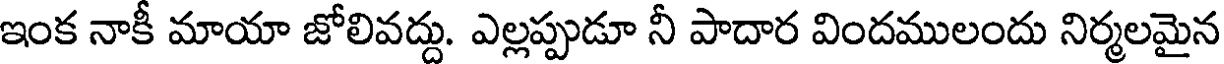
ఇంక నాకీ మాయా జోలివద్దు. ఎల్లప్పుడూ నీ పాదార విందములందు నిర్మలమైన